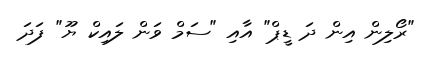
"ރޯލިން އިން ދަ ޑީޕް" އާއި "ސަމް ވަން ލައިކް ޔޫ" ފަދަ